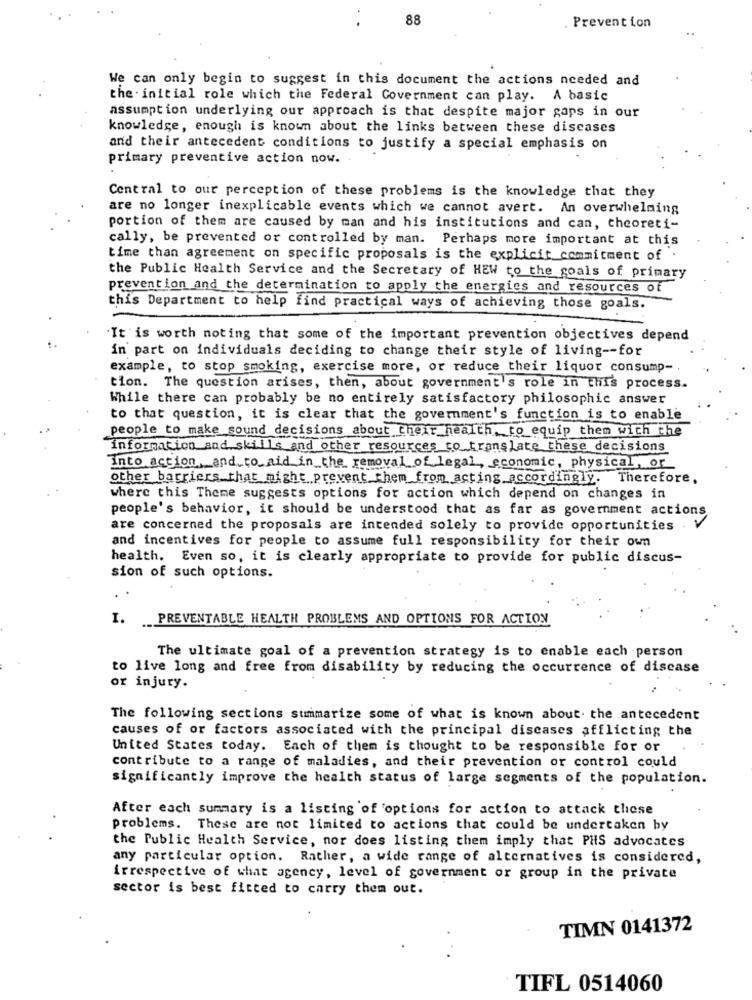
88
..
Prevention
We can only begin to suggest in this document the actions needed and
the initial role which the Federal Government can play. A basic
assumption underlying our approach is that despite major gaps in our
knowledge, enough is known about the links between these discases
and their antecedent conditions to justify a special emphasis on
primary preventive action now. .
Central to our perception of these problems is the knowledge that they
are no longer inexplicable events which we cannot avert. An overwhelming
portion of them are caused by man and his institutions and can, cheoreti-
cally, be prevented or controlled by man. Perhaps more important at this
time than agreement on specific proposals is the explicit commitment of
the Public Health Service and the Secretary of HEW to the goals of primary
prevention and the determination to apply the energies and resources of
this Department to help find practical ways of achieving those goals.
It is worth noting that some of the important prevention objectives depend
in part on individuals deciding to change their style of living -- for
example, to stop smoking, exercise more, or reduce their liquor consump -,
tion. The question arises, then, about government's role in this process.
While there can probably be no entirely satisfactory philosophic answer
to that question, it is clear that the government's function is to enable
people to make sound decisions about their health,to equip them with the
information and skills and other resources to translate these decisions
into action, and to aid in the removal of legal, economic, physical. or
other barriers that might prevent them from acting accordingly. Therefore,
where this Theme suggests options for action which depend on changes in
people's behavior, it should be understood that as far as government actions
are concerned the proposals are intended solely to provide opportunities
and incentives for people to assume full responsibility for their own
health. Even so, it is clearly appropriate to provide for public discus-
sion of such options.
1.
PREVENTABLE HEALTH PROBLEMS AND OPTIONS FOR ACTION
The ultimate goal of a prevention strategy is to enable each person
to live long and free from disability by reducing the occurrence of discase
or injury.
The following sections summarize some of what is known about. the antecedent
causes of or factors associated with the principal diseases afflicting the
United States today. Each of them is thought to be responsible for or
contribute to a range of maladies, and their prevention or control could
significantly improve the health status of large segments of the population.
After each summary is a listing of 'options for action to attack these
problems. These are not limited to actions that could be undertaken by
the Public Health Service, nor does listing them imply that PHS advocates
any particular option. Rather, a wide range of alternatives is considered,
irrespective of what agency, level of government or group in the private
sector is best fitted to carry them out.
TIMN 0141372
TIFL 0514060